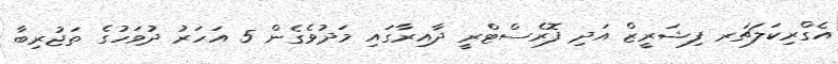
އެގްރިކަލަޗަރ ފިޝަރީޒް އަދި ފޮރެސްޓްރީ ދާއިރާގައި މަދުވެގެން 5 އަހަރު ދުވަހުގެ ތަޖުރިބާ